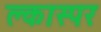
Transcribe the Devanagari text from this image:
क्लास्पर